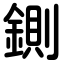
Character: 鍘